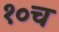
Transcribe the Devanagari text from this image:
१०च